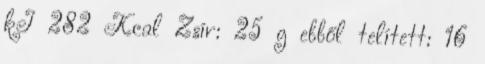
kJ 282 Kcal Zsír: 25 g ebből telített: 16